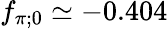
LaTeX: f_{\pi;0}\simeq-0.404